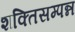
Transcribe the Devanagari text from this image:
शक्तिसम्पन्न